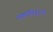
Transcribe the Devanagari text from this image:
गणपतिहृदया